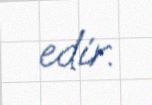
edir.